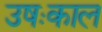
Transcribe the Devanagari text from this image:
उषःकाल